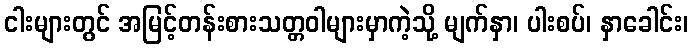
ငါးများတွင် အမြင့်တန်းစားသတ္တဝါများမှာကဲ့သို့ မျက်နှာ၊ ပါးစပ်၊ နှာခေါင်း၊